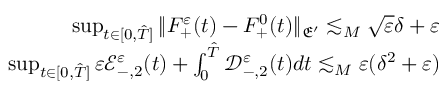
\begin{array} { r } { \operatorname* { s u p } _ { t \in [ 0 , \hat { T } ] } \| F _ { + } ^ { \varepsilon } ( t ) - F _ { + } ^ { 0 } ( t ) \| _ { \mathfrak E ^ { \prime } } \lesssim _ { M } \sqrt { \varepsilon } \delta + \varepsilon } \\ { \operatorname* { s u p } _ { t \in [ 0 , \hat { T } ] } \varepsilon \mathscr E _ { - , 2 } ^ { \varepsilon } ( t ) + \int _ { 0 } ^ { \hat { T } } \mathscr D _ { - , 2 } ^ { \varepsilon } ( t ) d t \lesssim _ { M } \varepsilon ( \delta ^ { 2 } + \varepsilon ) } \end{array}